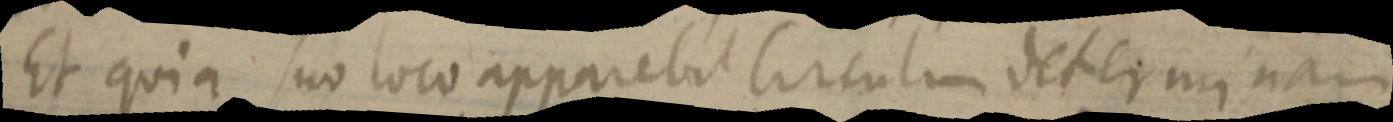
Et quia suo loco apparebit Circulum determinari